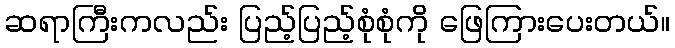
ဆရာကြီးကလည်း ပြည့်ပြည့်စုံစုံကို ဖြေကြားပေးတယ်။